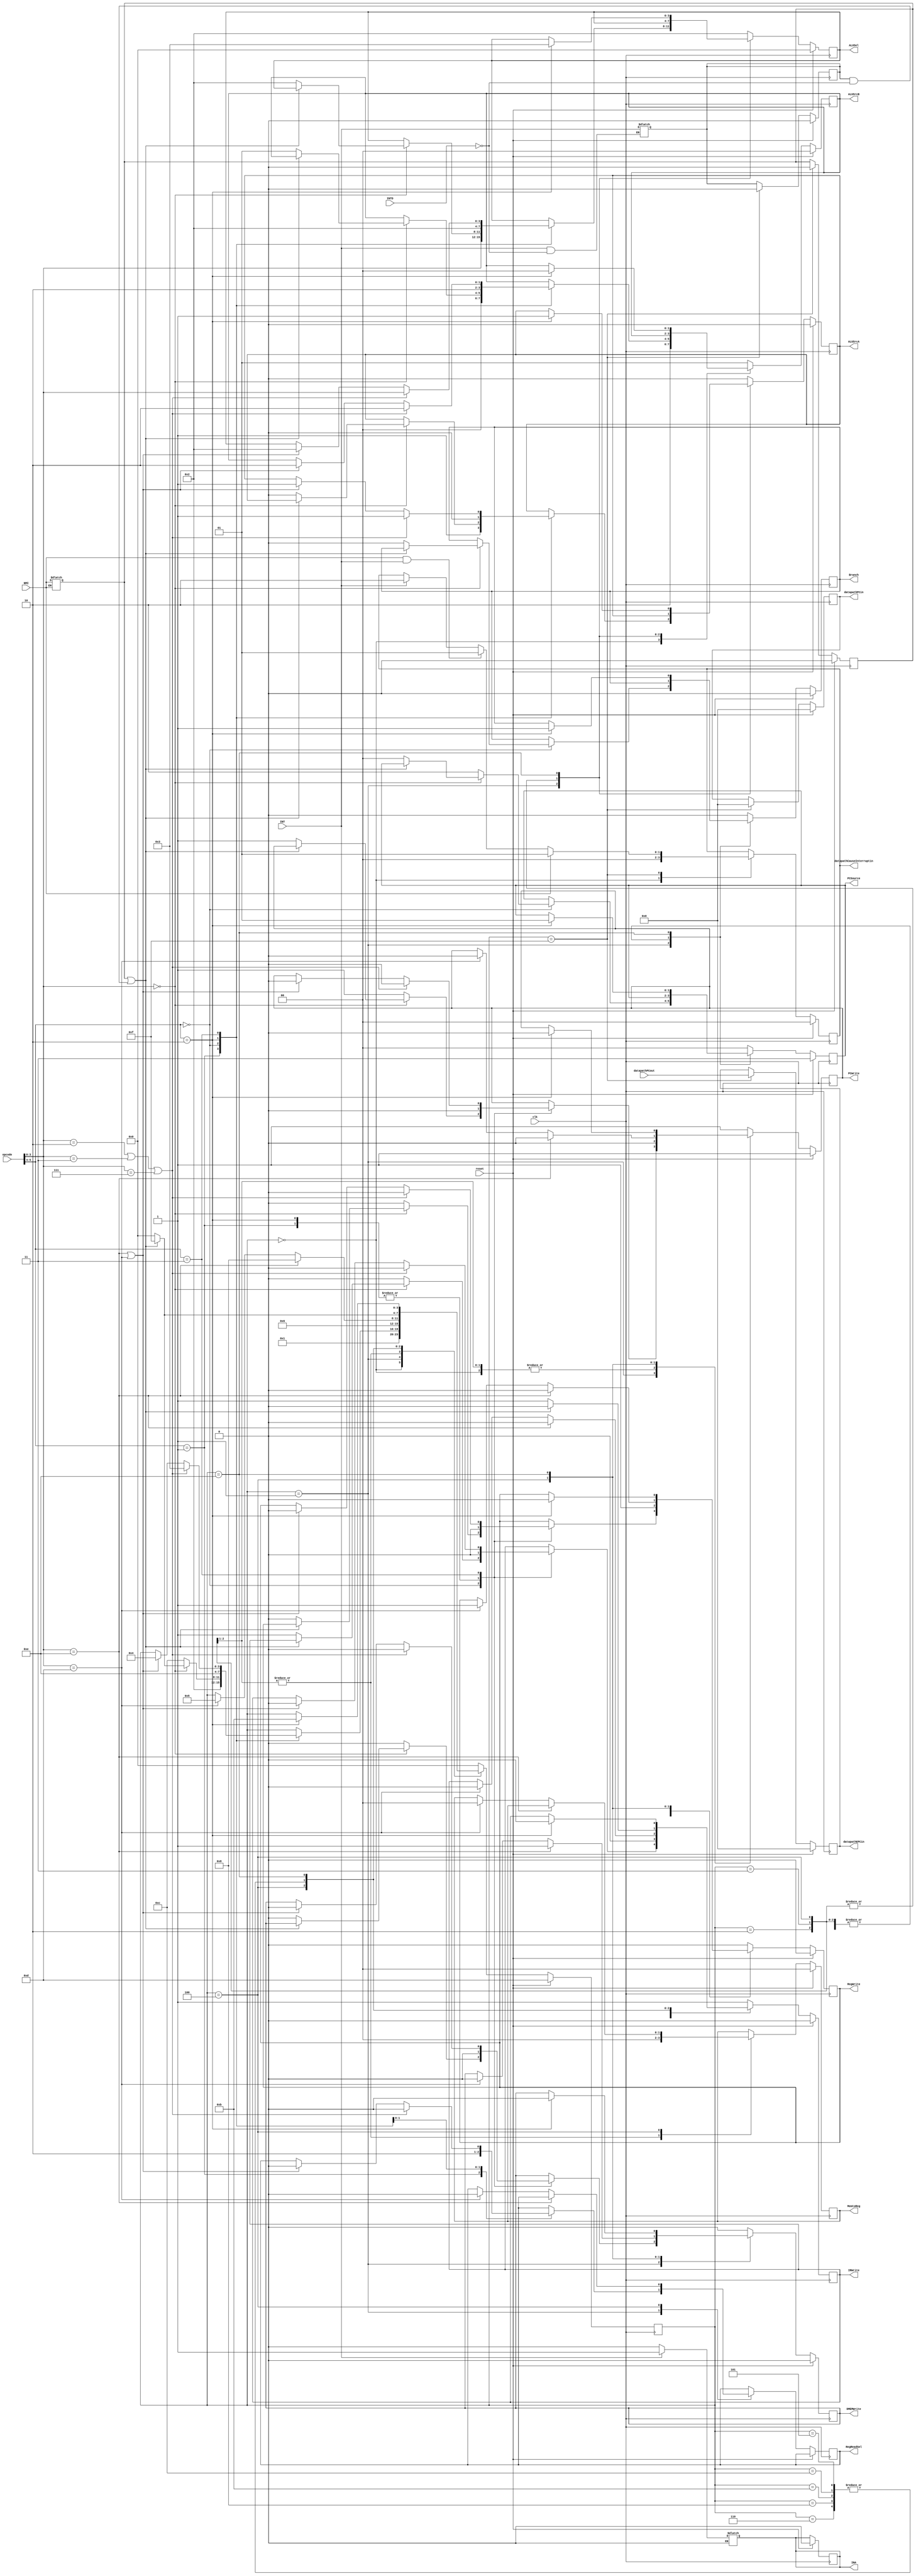
`timescale 1ns / 1ps

// ~~~~~~~~~~~~~~~~~~~~~~~~~~~~~~~~~~~~~~~~~~~~~~~~~~ //
// ~~~~~~~~~~~~~~~~~~~ CONTROLLER ~~~~~~~~~~~~~~~~~~~ //
// ~~~~~~~~~~~~~~~~~~~~~~~~~~~~~~~~~~~~~~~~~~~~~~~~~~ //

module controller(opcode, clk, reset, PCWrite, Branch, DMEMWrite, IRWrite,
                   MemtoReg, PCSource, ALUSel, ALUSrcA, ALUSrcB, RegWrite,
                   RegReadSel, NMI, INT, INA, INTD,
                   datapathPCout,
                   datapathEPCin, datapathCauseInterruptin,
                   datapathPCin);


  // ~~~~~~~~~~~~~~~~~~~ PARAMETERS ~~~~~~~~~~~~~~~~~~~ //

  parameter word_size = 32;
  parameter cause_size = 2;
  integer a;
  
  // ~~~~~~~~~~~~~~~~~~~ PORTS ~~~~~~~~~~~~~~~~~~~ //

  // opcode, clock, and reset inputs
  input [5:0] opcode;	// from instruction register
  input	clk, reset;
  input NMI;
  input INT;
  input INTD;
  input [word_size-1:0] datapathPCout;

  // control signal outputs
  output reg PCWrite, Branch, DMEMWrite, IRWrite, ALUSrcA, RegWrite, RegReadSel;
  output reg [1:0] MemtoReg, PCSource, ALUSrcB;
  output reg [3:0] ALUSel;
  output reg INA;
  output reg [word_size-1:0] datapathEPCin;
  output reg [word_size-1:0] datapathPCin;
  output reg [cause_size-1:0] datapathCauseInterruptin;

  // ~~~~~~~~~~~~~~~~~~~ REGISTER ~~~~~~~~~~~~~~~~~~~ //

  // 4-bit state register
  reg [3:0]	state;
  // 1-bit NMI holder register
  reg NMIreg;
  // 1-bit INT holder register
  reg INTreg;

  // ~~~~~~~~~~~~~~~~~~~ PARAMETERS ~~~~~~~~~~~~~~~~~~~ //

  // state parameters
  parameter s0  = 4'd0;
  parameter s1  = 4'd1;
  parameter s2  = 4'd2;
  parameter s3  = 4'd3;
  parameter s4  = 4'd4;
  parameter s5  = 4'd5;
  parameter s6  = 4'd6;
  parameter s7  = 4'd7;
  parameter s8  = 4'd8;
  parameter s9  = 4'd9;
  parameter s10 = 4'd10;
  parameter s11 = 4'd11;
  parameter s12 = 4'd12;
  parameter sR  = 4'd13;	// reset
  parameter s14 = 4'd14;
  parameter sI  = 4'd15;

  // opcode[5:4] parameters
  parameter J  = 2'b00;	// Jump or NOP
  parameter R  = 2'b01;	// R-type
  parameter BR = 2'b10;	// Branch
  parameter I  = 2'b11;	// I-type

  // I-type opcode[3:0] variations
  parameter ADDI = 4'b0010;
  parameter SUBI = 4'b0011;
  parameter ORI	 = 4'b0100;
  parameter ANDI = 4'b0101;
  parameter XORI = 4'b0110;
  parameter SLTI = 4'b0111;
  parameter LI	 = 4'b1001;
  parameter LUI	 = 4'b1010;
  parameter LWI	 = 4'b1011;
  parameter SWI	 = 4'b1100;
  parameter SW   = 4'b1110;
  parameter LW   = 4'b1101;

  // ~~~~~~~~~~~~~~~~~~~ STATE MACHINE ~~~~~~~~~~~~~~~~~~~ //
  
  // hold INT To handle after instruction execution
  always @(INT) begin
    if (INT == 1'b1 && INTD == 1'b0) begin
      INTreg <= INT;
    end
    if (INT == 1'b1) begin
      INA <= 1'b1;
    end
    if (INT == 1'b0) begin
      INA <= 1'b0;
    end
  end

  // hold NMI To handle after instruction execution
  always @(NMI) begin
    if (NMI == 1'b1) begin
      NMIreg <= NMI;
    end
  end


  // control state machine
  always @(posedge clk) begin

    // check for reset signal. If set, write zero to PC and switch to Reset State on next CC.
    if (reset) begin
      PCWrite 		<= 1;
      Branch        <= 0;
      DMEMWrite 	<= 0;
      IRWrite 		<= 0;
      MemtoReg 		<= 0;
      PCSource 		<= 2'b11; // reset
      ALUSel 	    <= 0;
      ALUSrcA 		<= 0;
      ALUSrcB 		<= 0;
      RegWrite 		<= 0;
      datapathCauseInterruptin <= 2'b00;
      datapathEPCin <= {32{1'b0}};
      datapathPCin <= {32{1'b0}};
      INA <= 1'b0;
      NMIreg <= 1'b0;
      INTreg <= 1'b0;

      state <= sR;
    end
    else begin	// if reset signal is not set, check state at pos edge
      case (state)

        // if in reset state (and reset signal not set), go to s0 (IF)
        sR: begin
          PCWrite 		<= 1;
          DMEMWrite 	<= 0;
          IRWrite 		<= 1;
          PCSource 		<= 2'b00;
          ALUSel 	    <= 4'b0010;
          ALUSrcA 		<= 0;
          ALUSrcB 		<= 2'b01;
          RegWrite 		<= 0;
          Branch        <= 0;

          state <= s0;
        end

        // if in s0, go to s1 (ID)
        s0: begin
          PCWrite 		<= 0;
          DMEMWrite 	<= 0;
          IRWrite 		<= 0;
          ALUSel 		<= 4'b0010;
          ALUSrcA 		<= 0;
          ALUSrcB 		<= 2'b10;
          RegWrite 		<= 0;
          //RegReadSel	<= 0;
          datapathCauseInterruptin <= 2'b00;

          state <= s1;
        end

        // if in s1 (ID) check opcode from instruction register to determine new state
        s1: begin
          case (opcode[5:4])
            // R-type opcode: go to s2 (R-type EX)
            R: begin
              PCWrite 		<= 0;
              DMEMWrite 	<= 0;
              IRWrite 		<= 0;
              ALUSel 		<= opcode[3:0];
              ALUSrcA 		<= 1;
              ALUSrcB 		<= 2'b00;
              RegWrite 		<= 0;
              RegReadSel    <= 1;

              state <= s2;
            end

            // J-type or NOP
            J: begin
              // NOP: do nothing and go back to s0 (IF) for next instruction
              if (opcode[3:0] == 4'b0000) begin

                if ((NMIreg == 1) || (INTreg == 1 && INTD == 0)) begin
                  state	<= sI;
                end else begin
                  state	<= 0;
                  PCWrite 		<= 1;
                  DMEMWrite 	<= 0;
                  IRWrite 		<= 1;
                  PCSource 		<= 2'b00;
                  ALUSel 		<= 4'b0010;
                  ALUSrcA 		<= 0;
                  ALUSrcB 		<= 2'b01;
                  RegWrite 		<= 0;
                  Branch        <= 0;
                end
              end
              // Jump: go to s12 (jump completion)
              else begin
                PCWrite 		<= 1;
                DMEMWrite 	    <= 0;
                IRWrite 		<= 0;
                PCSource 		<= 2'b10;
                RegWrite 		<= 0;

                state <= s12;
              end
            end

            // Branch: go to s14 ($R1 read)
            BR: begin
              PCWrite 		<= 0;
              DMEMWrite 	<= 0;
              IRWrite 		<= 0;
              ALUSel 		<= 4'b0010;
              ALUSrcA 		<= 0;
              ALUSrcB 		<= 2'b10;
              RegWrite 		<= 0;
              RegReadSel    <= 0;
              //RegReadSel	<= 1; // for R1

              state <= s14;
            end

            // I-type
            I: begin
            // go to s3 (EX for ALU I-type with sign extended immediate)
              if ((opcode[3:0] == ADDI) || (opcode[3:0] == SUBI) || (opcode[3:0] == SLTI)) begin
                PCWrite 		<= 0;
                DMEMWrite 	    <= 0;
                IRWrite 	 	<= 0;
                ALUSel 			<= opcode[3:0];
                ALUSrcA 		<= 1;
                ALUSrcB 		<= 2'b10;
                RegWrite 		<= 0;
                RegReadSel      <= 0;

                state <= s3;
              end

              // go to s4 (EX for ALU I-type with zero extended immediate)
              else if ((opcode[3:0] == SW) || (opcode[3:0] == LW)) begin
                PCWrite 		<= 0;
                DMEMWrite 	    <= 0;
                IRWrite 		<= 0;
                ALUSel 			<= 4'b0010;
                ALUSrcA 		<= 1;
                ALUSrcB 		<= 2'b10;
                RegWrite 		<= 0;
                RegReadSel      <= 0;

                state <= s4;
              end
            end
          endcase
        end

        // if in s2 (R-type EX) go to s6 (ALUOp write backs)
        s2: begin
          PCWrite 		<= 0;
          DMEMWrite 	<= 0;
          IRWrite 		<= 0;
          MemtoReg      <= 0;
          RegWrite 		<= 1;

          state <= s6;
        end

        // if in s3 (EX for Arithmetic I-type with sign extended Imm) go to s6 (ALUOp WB)
        s3: begin
          PCWrite 		<= 0;
          DMEMWrite 	<= 0;
          IRWrite 		<= 0;
          MemtoReg      <= 0;
          RegWrite 		<= 1;

          state <= s6;
        end

        s4: begin
          if (opcode[3:0] == SW) begin
            PCWrite         <= 0;
            DMEMWrite       <= 1;
            IRWrite         <= 0;
            RegWrite        <= 0;

            state <= s8;
          end
          else if(opcode[3:0] == LW) begin
            PCWrite     <= 0;
            DMEMWrite 	<= 0;
            IRWrite     <= 0;
            MemtoReg    <= 0;
            RegWrite    <= 1;
            RegReadSel  <= 0;
            
            state <= s5;
          end
        end

        s5: begin
              
            // go over interrupt service routine state
            if ((NMIreg == 1) || (INTreg == 1 && INTD == 0)) begin
              PCWrite 		<= 1;
              DMEMWrite 	<= 0;
              IRWrite 		<= 0;
              PCSource 		<= 2'b00;
              ALUSel 		<= 4'b0010;
              ALUSrcA 		<= 0;
              ALUSrcB 		<= 2'b01;
              RegWrite 		<= 0;
              Branch <= 0;
              state <= sI;
            end else begin
              state           <= s0;
              PCWrite         <= 1;
              DMEMWrite       <= 0;
              IRWrite         <= 1;
              PCSource        <= 2'b00;
              ALUSel          <= 4'b0010;
              ALUSrcA         <= 0;
              ALUSrcB         <= 2'b01;
              RegWrite        <= 0;
              Branch          <= 0;
            end
        end

        // if in s6 (ALUOut WB) go back to s0 (IF)
        s6: begin
          
          // go over interrupt service routine state
          if ((NMIreg == 1) || (INTreg == 1 && INTD == 0)) begin
            PCWrite 		<= 1;
            DMEMWrite 	<= 0;
            IRWrite 		<= 0;
            PCSource 		<= 2'b00;
            ALUSel 		<= 4'b0010;
            ALUSrcA 		<= 0;
            ALUSrcB 		<= 2'b01;
            RegWrite 		<= 0;
            Branch <= 0;
            state <= sI;
          end else begin
            state           <= s0;
            PCWrite 		<= 1;
            DMEMWrite 	    <= 0;
            IRWrite 		<= 1;
            PCSource 		<= 2'b00;
            ALUSel 			<= 4'b0010;
            ALUSrcA 		<= 0;
            ALUSrcB 		<= 2'b01;
            RegWrite 		<= 0;
            Branch          <= 0;
          end
        end

        // if in s8 (MEM write for SWI) go to s0 (IF)
        s8: begin

          // go over interrupt service routine state
          if ((NMIreg == 1) || (INTreg == 1 && INTD == 0)) begin
            PCWrite 		<= 1;
            DMEMWrite 	<= 0;
            IRWrite 		<= 0;
            PCSource 		<= 2'b00;
            ALUSel 		<= 4'b0010;
            ALUSrcA 		<= 0;
            ALUSrcB 		<= 2'b01;
            RegWrite 		<= 0;
            Branch <= 0;
            state <= sI;
          end else begin
            state           <= s0;
            PCWrite 		<= 1;
            DMEMWrite 	    <= 0;
            IRWrite 		<= 1;
            PCSource 		<= 2'b00;
            ALUSel 			<= 4'b0010;
            ALUSrcA 		<= 0;
            ALUSrcB 		<= 2'b01;
            RegWrite 		<= 0;
            Branch          <= 0;
          end
        end

        // if in s11 (Branch completion) go to s0 (IF)
        s11: begin

          // go over interrupt service routine state
          if ((NMIreg == 1) || (INTreg == 1 && INTD == 0)) begin
            PCWrite 		<= 1;
            DMEMWrite 	<= 0;
            IRWrite 		<= 0;
            PCSource 		<= 2'b00;
            ALUSel 		<= 4'b0010;
            ALUSrcA 		<= 0;
            ALUSrcB 		<= 2'b01;
            RegWrite 		<= 0;
            Branch <= 0;
            state <= sI;
          end else begin
            state <= s0;
            PCWrite 		<= 1;
            DMEMWrite 	    <= 0;
            IRWrite 		<= 1;
            PCSource 		<= 2'b00;
            ALUSel 			<= 4'b0010;
            ALUSrcA 		<= 0;
            ALUSrcB 		<= 2'b01;
            RegWrite 		<= 0;
            Branch          <= 0;
          end
        end

        // if in s12 (Jump completion) go to s0 (IF)
        s12: begin

          // go over interrupt service routine state
          if ((NMIreg == 1) || (INTreg == 1 && INTD == 0)) begin
            PCWrite 		<= 1;
            DMEMWrite 	<= 0;
            IRWrite 		<= 0;
            PCSource 		<= 2'b00;
            ALUSel 		<= 4'b0010;
            ALUSrcA 		<= 0;
            ALUSrcB 		<= 2'b01;
            RegWrite 		<= 0;
            Branch <= 0;
            state <= sI;
          end else begin
            state <= s0;
            PCWrite 		<= 1;
            DMEMWrite 	    <= 0;
            IRWrite 		<= 1;
            PCSource 		<= 2'b00;
            ALUSel 			<= 4'b0010;
            ALUSrcA 		<= 0;
            ALUSrcB 		<= 2'b01;
            RegWrite 		<= 0;
            Branch          <= 0;
          end
        end

        // if in R1 read
        s14: begin
          // if Branch, go to s11, branch completion
          if (opcode[5:4] == BR) begin
            PCWrite 		<= 0;
            Branch          <= 1;
            DMEMWrite 	    <= 0;
            IRWrite 		<= 0;
            PCSource 		<= 2'b01;
            ALUSel 			<= 4'b0011;
            ALUSrcA 		<= 1;
            ALUSrcB 		<= 2'b00;
            RegWrite 		<= 0;
            //RegReadSel	<= 1;

            state <= s11;
          end
        end
        // interrupt service routine state
        // NMI -> 01
        // INT -> 10
        sI: begin
          datapathEPCin <= datapathPCout;
          a = datapathEPCin ;
          datapathPCin <= 32'd64;
          #15
          datapathPCin <= a;
          #5
          datapathPCin <= 32'd0;


          PCWrite 		<= 1;
          DMEMWrite 	<= 0;
          IRWrite 		<= 1;
          PCSource 		<= 2'b00;
          ALUSel 		<= 4'b0010;
          ALUSrcA 		<= 0;
          ALUSrcB 		<= 2'b01;
          RegWrite 		<= 0;
          Branch <= 0;
          if (NMI == 1) begin
            datapathCauseInterruptin <= 2'b01;
          end
          else if ((NMI == 1) && (INT == 1)) begin
            datapathCauseInterruptin <= 2'b01;
          end
          else if (INT == 1) begin
            datapathCauseInterruptin <= 2'b10;
          end
          NMIreg <= 1'b0;
          INTreg <= 1'b0;

          state <= s0;
        end
        // go to s0
        default: begin
          PCWrite 		<= 1;
          DMEMWrite 	<= 0;
          IRWrite 		<= 1;
          PCSource 		<= 2'b00;
          ALUSel 		<= 4'b0010;
          ALUSrcA 		<= 0;
          ALUSrcB 		<= 2'b01;
          RegWrite 		<= 0;
          Branch <= 0;

          state <= s0;
        end
      endcase
    end
  end
endmodule